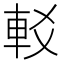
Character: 䡈